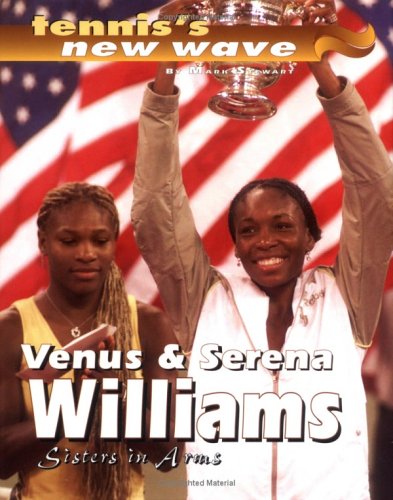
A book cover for Venus And Serena Williams (Tennis's New Wave); Mark Stewart; Children's Books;